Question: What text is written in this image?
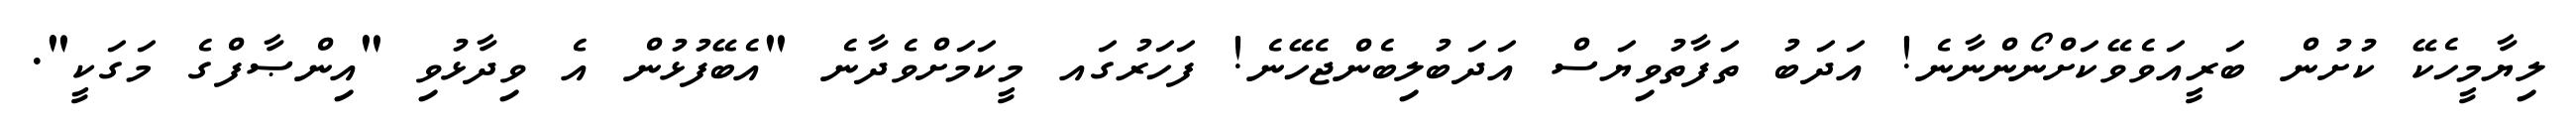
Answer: ލިޔާމީހެކޭ ކުށުން ބަރީއަވެވޭކަށްނޯންނާނެ! އަދަބު ތަފާތުވިޔަސް އަދަބުލިބެންޖެހޭނެ! ފަހަރުގައ މީކަމަށްވެދާނެ "އެބޭފުޅުން އެ ވިދާޅުވި "އިންޞާފްގެ މަގަކީ".